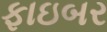
ફાઇબર